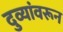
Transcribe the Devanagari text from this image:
दुव्यांवरून